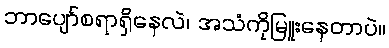
ဘာပျော်စရာရှိနေလဲ၊ အသံကိုမြူးနေတာပဲ။